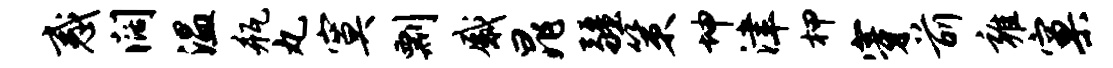
惑阔温瓶丸寞剽感晁疆策坤津柙穿前雍窠